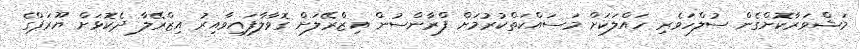
މަޝްވަރާކޮށްގެން ސުލްހަވެރި ހައްލަކަށް މަސައްކަތްކުރުމަށް ފްރާންސުން އިޒްރޭލަށް ގޮވާލާފައިވާއިރު އިޒްރޭލާ ދެކޮޅަށް ޔޫރަޕްގެ